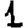
Digit: 1